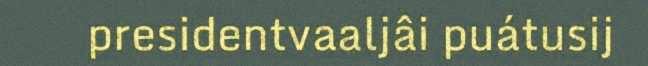
presidentvaaljâi puátusij